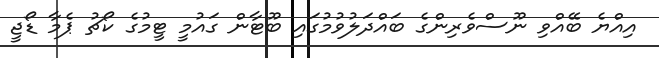
އިއްޔެ ބޭއްވި ނޫސްވެރިންގެ ބައްދަލުވުމުގައި ބޫޓާން ގައުމީ ޓީމުގެ ކޯޗު ޕެމާ ޑޯޖީ